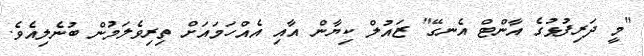
"މީ ދަރިފުޅުގެ އާންޓް އެނގޭ" ޒައުލް ކިޔާން އާއި އެއްހަމައަށް ތިރިވެލަމުން ބުނެލިއެވެ.